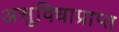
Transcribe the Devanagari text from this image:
असुविधाप्राप्त